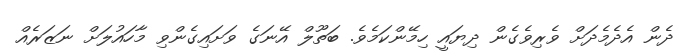
ދެން އެދެމެދަށް ވެރިވެގެން ދިޔައީ ހިމޭންކަމެވެ. ބަތޫލް އޭނަގެ ވަށައިގެންވި މާހައުލަށް ނަޒަރެއް